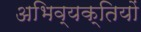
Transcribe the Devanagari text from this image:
अभिव्‍यक्तियों